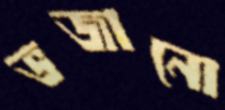
ভজানো